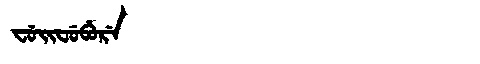
Manchu: ᠸᡠᡳᠸᡠᠪᡠᡵᡝ
Romanization: FUIFUBURE